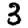
Digit: 3